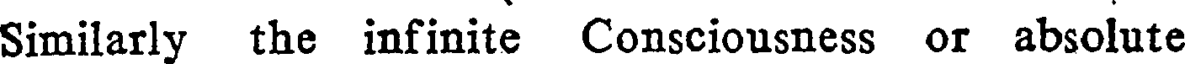
Similarly the infinite Consciousness or absolute